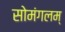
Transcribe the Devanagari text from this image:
सोमंगलम्